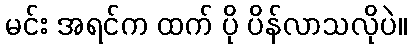
မင်း အရင်က ထက် ပို ပိန်လာသလိုပဲ။